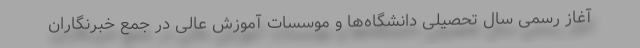
آغاز رسمی سال تحصیلی دانشگاه‌ها و موسسات آموزش عالی در جمع خبرنگاران